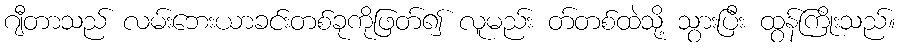
ဂျီတာသည် လမ်းဘေးယာခင်းတစ်ခုကိုဖြတ်၍ လူမည်း တ်တစ်ထဲသို့ သွားပြီး ထွန်ကြိုးသည်။